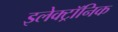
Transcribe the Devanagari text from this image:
इलेक्‍ट्रॉनिक